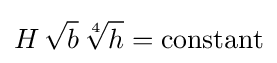
H\,{\sqrt {b}}\,{\sqrt[{4}]{h}}={\text{constant}}